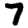
Digit: 7